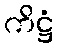
ကိဋ္ဌံ